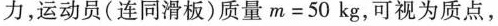
力，运动员(连同滑板)质量$$ m = 5 0kg $$，可视为质点，